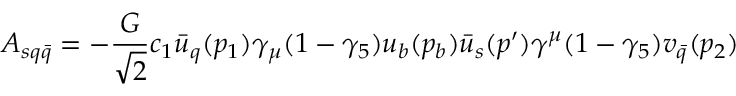
A _ { s q \bar { q } } = - \frac { G } { \sqrt { 2 } } c _ { 1 } \bar { u } _ { q } ( p _ { 1 } ) \gamma _ { \mu } ( 1 - \gamma _ { 5 } ) u _ { b } ( p _ { b } ) \bar { u } _ { s } ( p ^ { \prime } ) \gamma ^ { \mu } ( 1 - \gamma _ { 5 } ) v _ { \bar { q } } ( p _ { 2 } )